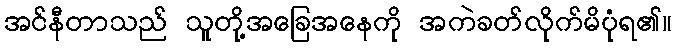
အင်နီတာသည် သူတို့အခြေအနေကို အကဲခတ်လိုက်မိပုံရ၏။